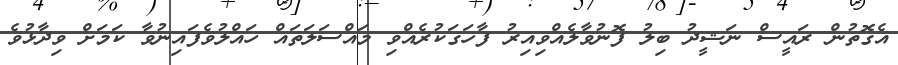
އެގޮތުން ރައީސް ނަޝީދު ބިލު ފޮނުވާލެއްވިއިރު ފާހަގަކުރެއްވި މައްސަލަތައް ހައްލުވެފައިނުވާ ކަމަށް ވިދާޅުވެ